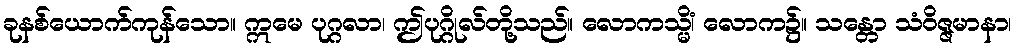
ခုနစ်ယောက်ကုန်သော။ ဣမေ ပုဂ္ဂလာ၊ ဤပုဂ္ဂိုလ်တို့သည်။ လောကသ္မိံ၊ လောက၌။ သန္တော သံဝိဇ္ဇမာနာ၊